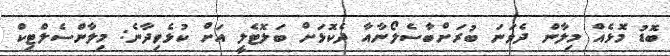
ބޮޑު މޮޅެއް މިލާން ދެވަނަ ބުރަށްބާސެލޯނާއާ ދެކޮޅަށް ބަލޮޓެލީ އަށް ކުޅެވިދާނެ: މިލާންސެލްޓިކް